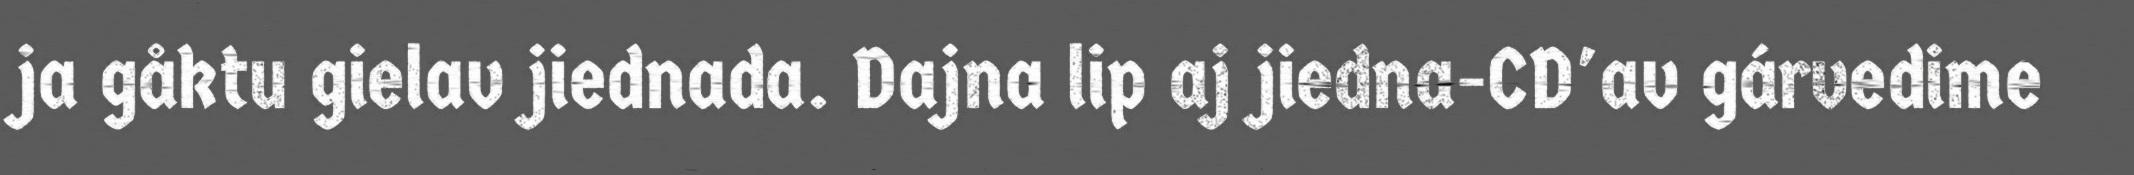
ja gåktu gielav jiednada. Dajna lip aj jiedna-CD'av gárvedime